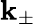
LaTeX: \mathbf{k}_{\pm}